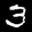
Digit: 3